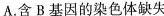
A.含B基因的染色体缺失